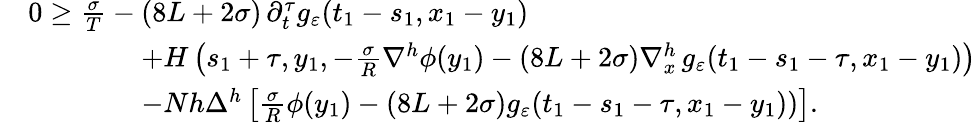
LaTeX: \begin{array}{rl}&{0\geq\frac{\sigma}{T}-(8L+2\sigma)\, \partial_{t}^{\tau}g_{\varepsilon}(t_{1}-s_{1},x_{1}-y_{1})}\\ &{\qquad\qquad+H\left(s_{1}+\tau,y_{1},-\frac\sigma{R}\nabla^{h}\phi(y_{1})-(8L+2\sigma)\nabla_{x}^{h}\, g_{\varepsilon}(t_{1}-s_{1}-\tau,x_{1}-y_{1})\right)}\\ &{\qquad\qquad-Nh\Delta^{h}\left[\frac{\sigma}{R}\phi(y_{1})-(8L+2\sigma)g_{\varepsilon}(t_{1}-s_{1}-\tau,x_{1}-y_{1}))\right].}\end{array}